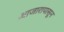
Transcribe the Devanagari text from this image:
आजारापासून